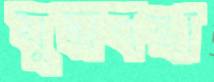
যুদ্ধাবস্থা